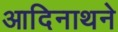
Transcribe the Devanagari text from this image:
आदिनाथने